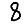
Digit: 8